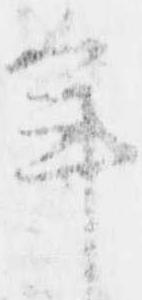
年